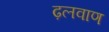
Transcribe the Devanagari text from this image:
ढ़लवाण